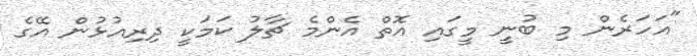
"އަހަރެން މި ބުނީ މީގައި އޮތް އެންމެ ޗާލު ކަމަކީ ދިރިއުޅުން އޭގެ